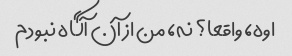
اوه، واقعا؟ نه، من از آن آگاه نبودم